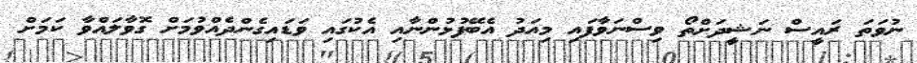
ނުވަތަ ރައީސް ނަޝީދަށްތޯ ވިސްނަވާފައި މިއަދު އެބޭފުޅުންނާއި އެކުގައި ވަޑައިގެންދެއްވުމަށް ގޮވާލައްވާ ކަމަށް